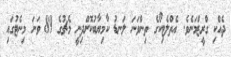
ދެއްކި ގްރީޒްމަނެވެ. އެތްލެޓިކޯގެ ތިންވަނަ ލަނޑު ކާމިޔާބުކޮށްދިނީ މެޗުގެ 89 ވަނަ މިނެޓުގައި